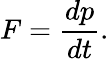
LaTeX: F={\frac{dp}{dt}}.